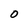
Character: O